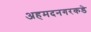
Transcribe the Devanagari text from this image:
अहमदनगरकडे